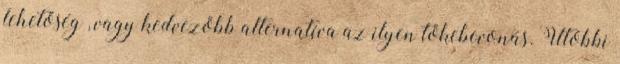
lehetőség , vagy kedvezőbb alternatíva az ilyen tőkebevonás. Utóbbi